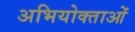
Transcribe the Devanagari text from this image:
अभियोक्ताओं